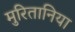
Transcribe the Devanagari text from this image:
मुरितानिया